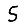
Digit: 5